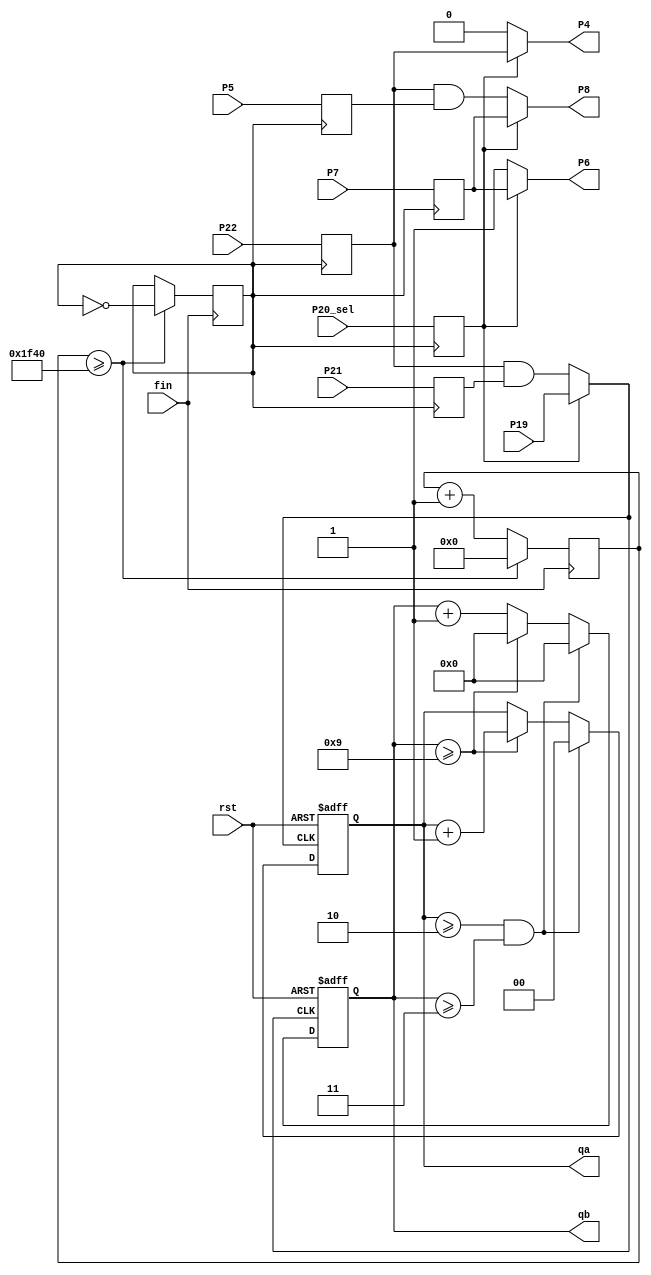
//3
module vl2 (rst, fin, P22,P20_sel,P5,P7,P19,P21,P8,P4,P6,qb,qa);
  input rst, fin, P22 ;
  input P20_sel,P5,P7,P19,P21;

  output reg  P8,P4,P6 ;
  output reg[3:0] qb;
  output reg[1:0] qa;


  reg[15:0] count ;
  reg clk, P20_sel_d, OneHz_in_d, P5_d, P7_d, P21_d, clk_h;
  always @(posedge fin)begin
    if (count >= 8000)
    begin
      count <= 0;
      clk <= clk^1;
    end
    else
      count <= count+1;
  end

  always @(posedge clk)begin
    P20_sel_d  <= P20_sel;//(or)
    OneHz_in_d <= P22;
    P21_d      <= P21;
    P7_d       <= P7;
    P5_d       <= P5;
  end
  always @(*)begin
    if(P20_sel_d == 1)begin
      clk_h <= P19;//input hour clock
      P8    <= P7_d;//tell Module update Min-Reg
      P4    <= OneHz_in_d;//p4 led toggle
      P6    <= P7_d; //bridge p7 for clear  Sec-Reg
    end
    else begin
      clk_h <= OneHz_in_d & P21_d;
      P8    <= OneHz_in_d & P5_d ;
      P4    <= 0; //p4 close led
      P6    <= 1;  //sending Module a sign to clear Sec-Reg
    end
  end
  always @(negedge clk_h,posedge rst )begin
    if(rst)begin
      qa <= 2'b0;
      qb <= 4'b0;
    end
    else begin
      if(qa>=2 && qb>=3)begin
        qa <= 2'b0;
        qb <= 4'b0;
      end
      else if(qb>=9)begin
        qa<=qa+1;
        qb<=4'b0;
      end
      else
        qb<=qb+1;
    end
  end

endmodule